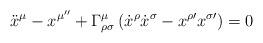
LaTeX: \begin{align*}{\ddot x}^{\mu} - {x^{\mu ''}} + \Gamma^{\mu}_{\rho\sigma } \left( {\dot x}^{\rho} {\dot x}^{\sigma} - {x}^{\rho \prime} {x}^{\sigma \prime}\right ) = 0\end{align*}